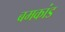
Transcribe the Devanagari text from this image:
बमकांड